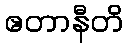
ဧတာနီတိ